Leaving Certificate, 1897
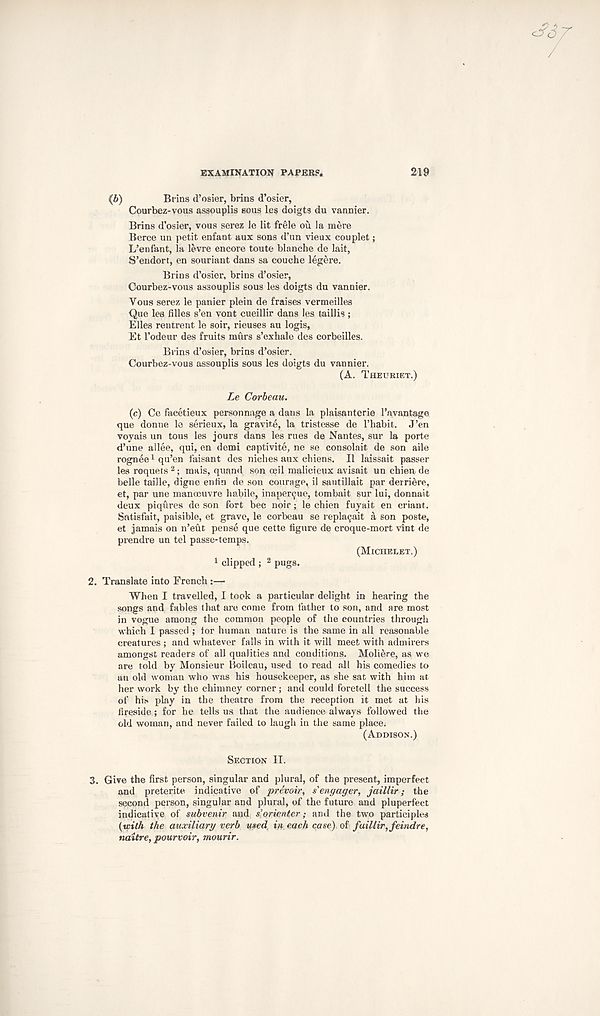
EXAMINATION PAPER?.
219
(6)
Brins d’osier, brins d’osier,
Courbez-vous assouplis sous les doigts du vannier.
Brins d’osier, vous serez le lit frele ou la mere
Berce un petit enfant aux sons d’un vieux couplet;
L’enf'ant, la levre encore toute blanche de lait,
S’endort, en souriant dans sa couche legere.
Brins d’osier, brins d’osier,
Courbez-vous assouplis sous les doigts du vannier.
Yous serez le panier plein de fraises vermeilles
Que les filles s’en vont cueillir dans les taillis ;
Elies rentrent le soir, rieuses au logis,
Et 1’odeur des fruits murs s’exhale des corbeilles.
Brins d’osier, brins d’osier.
Courbez-vous assouplis sous les doigts du vannier.
(A. THEURIET.)
Le Corbeau.
(c) Ce facetieux personnage a dans la plaisanterie 1’avantage
que donne le serieux, la gravite, la tristesse de I’habit. J’en
voyais un tous les jours dans les rues de Nantes, sur la porte
d’une allee, qui, en detni captivite, ne se consolait de son aile
rognee 1 qu’en faisant des niches aux chiens. II laissait passer
les roquets 2 ; mais, quand son oeil malicieux avisait un chien de
belle taille, digne entin de son courage, il sautillait par derriere,
et, par une manoeuvre habile, inapercue, tombait sur lui, donnait
deux piqures de son fort bee noir; le chien fuyait en criant.
Sntisfait, paisible, et grave, le corbeau se replaijait a son poste,
et jamais on n’eut pense que cette figure de croque-mort vint de
prendre un tel passe-temps.
(MICHELET.)
1 clipped ; 2 pugs.
2. Translate into French :—
When I travelled, I took a particular delight in hearing the
songs and fables that are come from father to son, and are most
in vogue among the common people of the countries through
which I passed ; lor human nature is the same in all reasonable
creatures ; and whatever falls in with it will meet with admirers
amongst readers of all qualities and conditions. Moliere, as we
are told by Monsieur Boileau, used to read all his comedies to
an old woman who was his housekeeper, as she sat with him at
her work by the chimney corner; and could foretell the success
of his play in the theatre from the reception it met at his
fireside; for he tells us that the audience always followed the
old woman, and never failed to laugh in the same place.
(ADDISON.)
SECTION II.
3. Give the first person, singular and plural, of the present, imperfect
and preterite indicative of prevoir, s'engager, jaillir; the
second person, singular and plural, of the future and pluperfect
indicative of subvenir and s’orienter; and the two participles
(with the auxiliary verb used in each case) of fuiUir,feindre,
naitre, pourvoir, mourir.